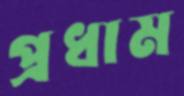
প্রধাম